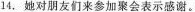
14.她对朋友们来参加聚会表示感谢。